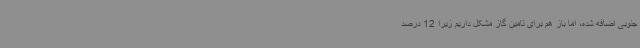
جنوبی اضافه شده، اما باز هم برای تامین گاز مشکل داریم زیرا 12 درصد